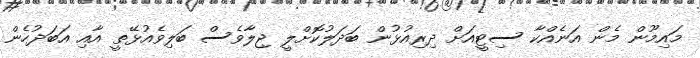
މައިމޫން މެން އަނެއްކާ ސިޓީއަށް ދިރިއުޅުން ބަދަލުކޮށްލީ ޖިލާވެސް ބަލިވެއުޅޭތީ އާއި އަބަދުހެން